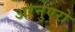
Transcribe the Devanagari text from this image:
अरनुएरो